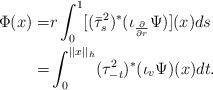
LaTeX: \begin{align*}\Phi(x)=&r\int_0^1[(\bar{\tau}^2_s)^*(\iota_{\frac{\partial}{\partial r}}\Psi)](x)ds\\=&\int_0^{||x||_h}(\tau^2_{-t})^*(\iota_v\Psi)(x)dt.\end{align*}